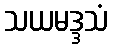
သယမဒ္ဒသံ